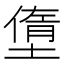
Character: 𡐏